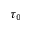
\tau _ { 0 }